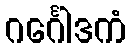
ဂင်္ဂေါဒကံ